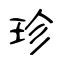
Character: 珍